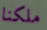
ملكنا